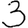
Digit: 3